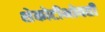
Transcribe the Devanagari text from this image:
शेकोटीभोवती